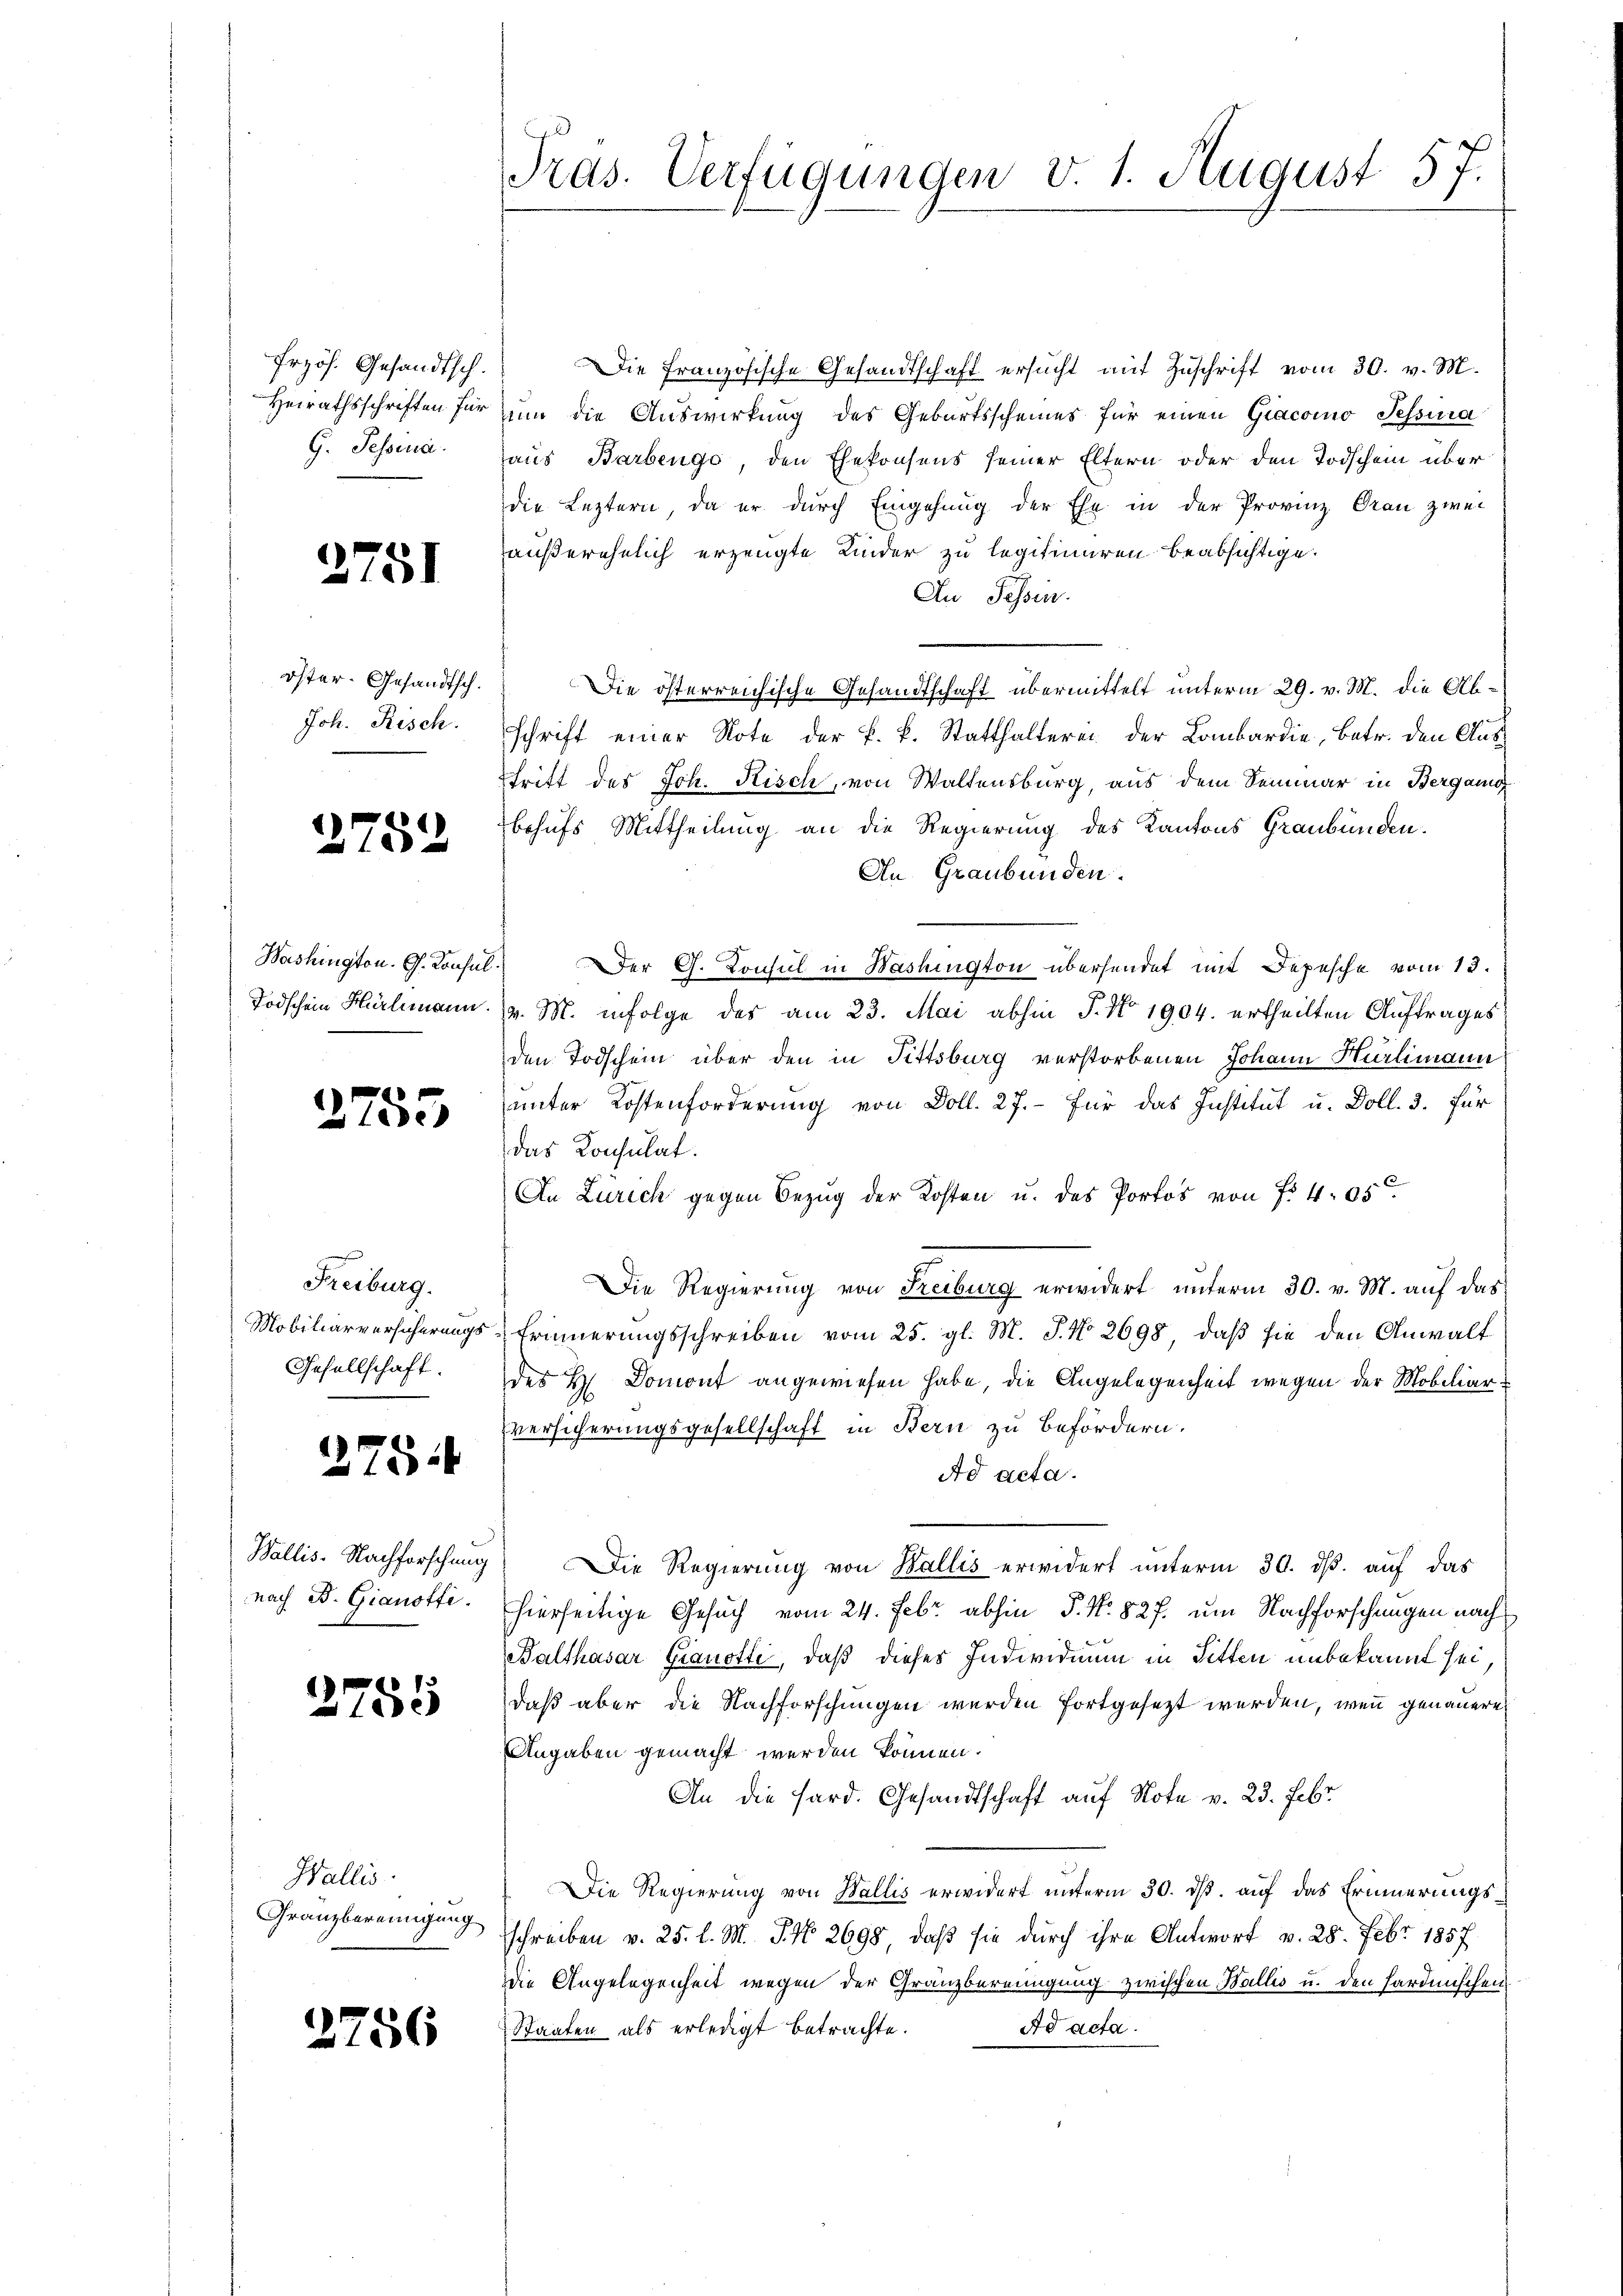
frzös. Gesandtsch.
G. Tessina.

2751

öster- Gesandtsch.
Joh. Risch.

1
2752

Washington. G. Konsul

lede

Freiburg.
Gesellschaft.

275:

nach B. Gianoffi

2755

Wallis.
Granzbereinigung

2756

Die Französische Gesandtschaft ersucht mit Zuschrift vom 30. v. M.
Heirathsschriften für nun die Auswirkung des Geburtsscheines für einen Giacomo Tessina
haus Barbenge, den Ehekonsens seiner Eltern oder den Todschein über
die Leztern, da er durch Eingehung der Ehe in der Provinz Grau zwei
außerehelich erzeugte Kinder zu legitimiren beabsichtige.
An Tessin.
Die österreichische Gesandtschaft übermittelt unterm 29. v. M. die Abschrift einer Note der k. k. Statthalterei der Lombardie, Betr. den Ausstritt des Joh. Risch, von Waltensburg, aus dem Semmer in Bergang
behufs Mittheilung an die Regierung des Kantons Graubünden.
An Graubünden.
Der G. Consul in Washington übersendet mit Depesche vom 13.
Todschein Helmann. v. M. infolge des am 23. Mai abhin J. No 1904. ertheilten Auftrages
den Todschein über den in Fittsburg verstorbenen Johann Hürlimann
unter Kostenforderung von Doll. 27. Für das Institut u. Doll. 3. für
das Konsulat.
In Zürich gegen Bezug der Kosten u. des Portos von f. 495
Die Regierung von Freiburg erwidert unterm 30. v. M. auf das
Mobiliarversicherungs-Erinnerungsschreiben vom 25. gl. M. J. No. 2698, daß sie den Anwalt
des H. Domont angewiesen habe, die Angelegenheit wegen der Mobiliar-
versicherungsgesellschaft in Bern zu befördern.
Ad acta.
Wallis. Nachforschung. Die Regierung von Wallis erwidert unterm 30. ds. auf das
hierseitige Gesuch vom 24. Febr. abhin P. Nr. 827. um Nachforschungen nach
Balthasar Granotti, daß dieses Individuum in Sitten unbekannt sei,
daß aber die Nachforschungen werden fortgesezt werden, wenn genauere
Angaben gemacht werden können.
An die Hard. Gesandtschaft auf Note v. 23. Febr
Die Regierung von Wallis erwidert unterm 30. ds. auf das Erinnerungsschreiben v. 25. l. M. J. No 2698, daß sie durch ihre Antwort v. 28. Febr. 1857
Die Angelegenheit wegen der Gränzbereinigung zwischen Wallis u. den Hardmischen
Ad acta.
Staaten als erledigt betrachte.

Pras. Verfügungen v. 1. August 57.